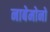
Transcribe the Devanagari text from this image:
नाबेमोनो